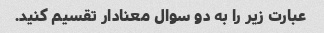
عبارت زیر را به دو سوال معنادار تقسیم کنید.